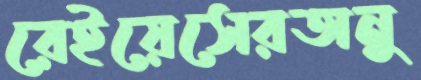
রেইয়েসেরঅনু